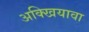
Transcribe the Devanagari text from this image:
अक्खियावा